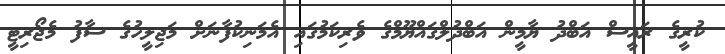
ކުރީގެ ރައީސް އަބްދު ޔާމީން އަބްދުލްގައްޔޫމްގެ ވެރިކަމުގައި އެމަނިކުފާނަށް މަޖިލީހުގެ ސާފު މެޖޯރިޓީ